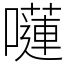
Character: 𡂴